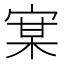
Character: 𰍇